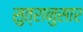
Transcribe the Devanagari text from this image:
सुत्रानुसार